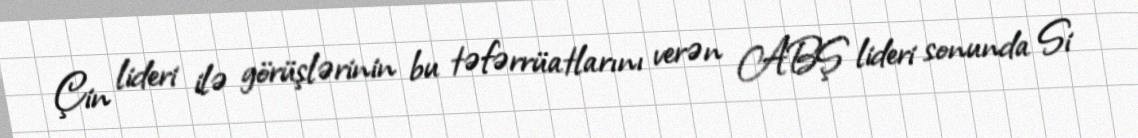
Çin lideri ilə görüşlərinin bu təfərrüatlarını verən ABŞ lideri sonunda Si